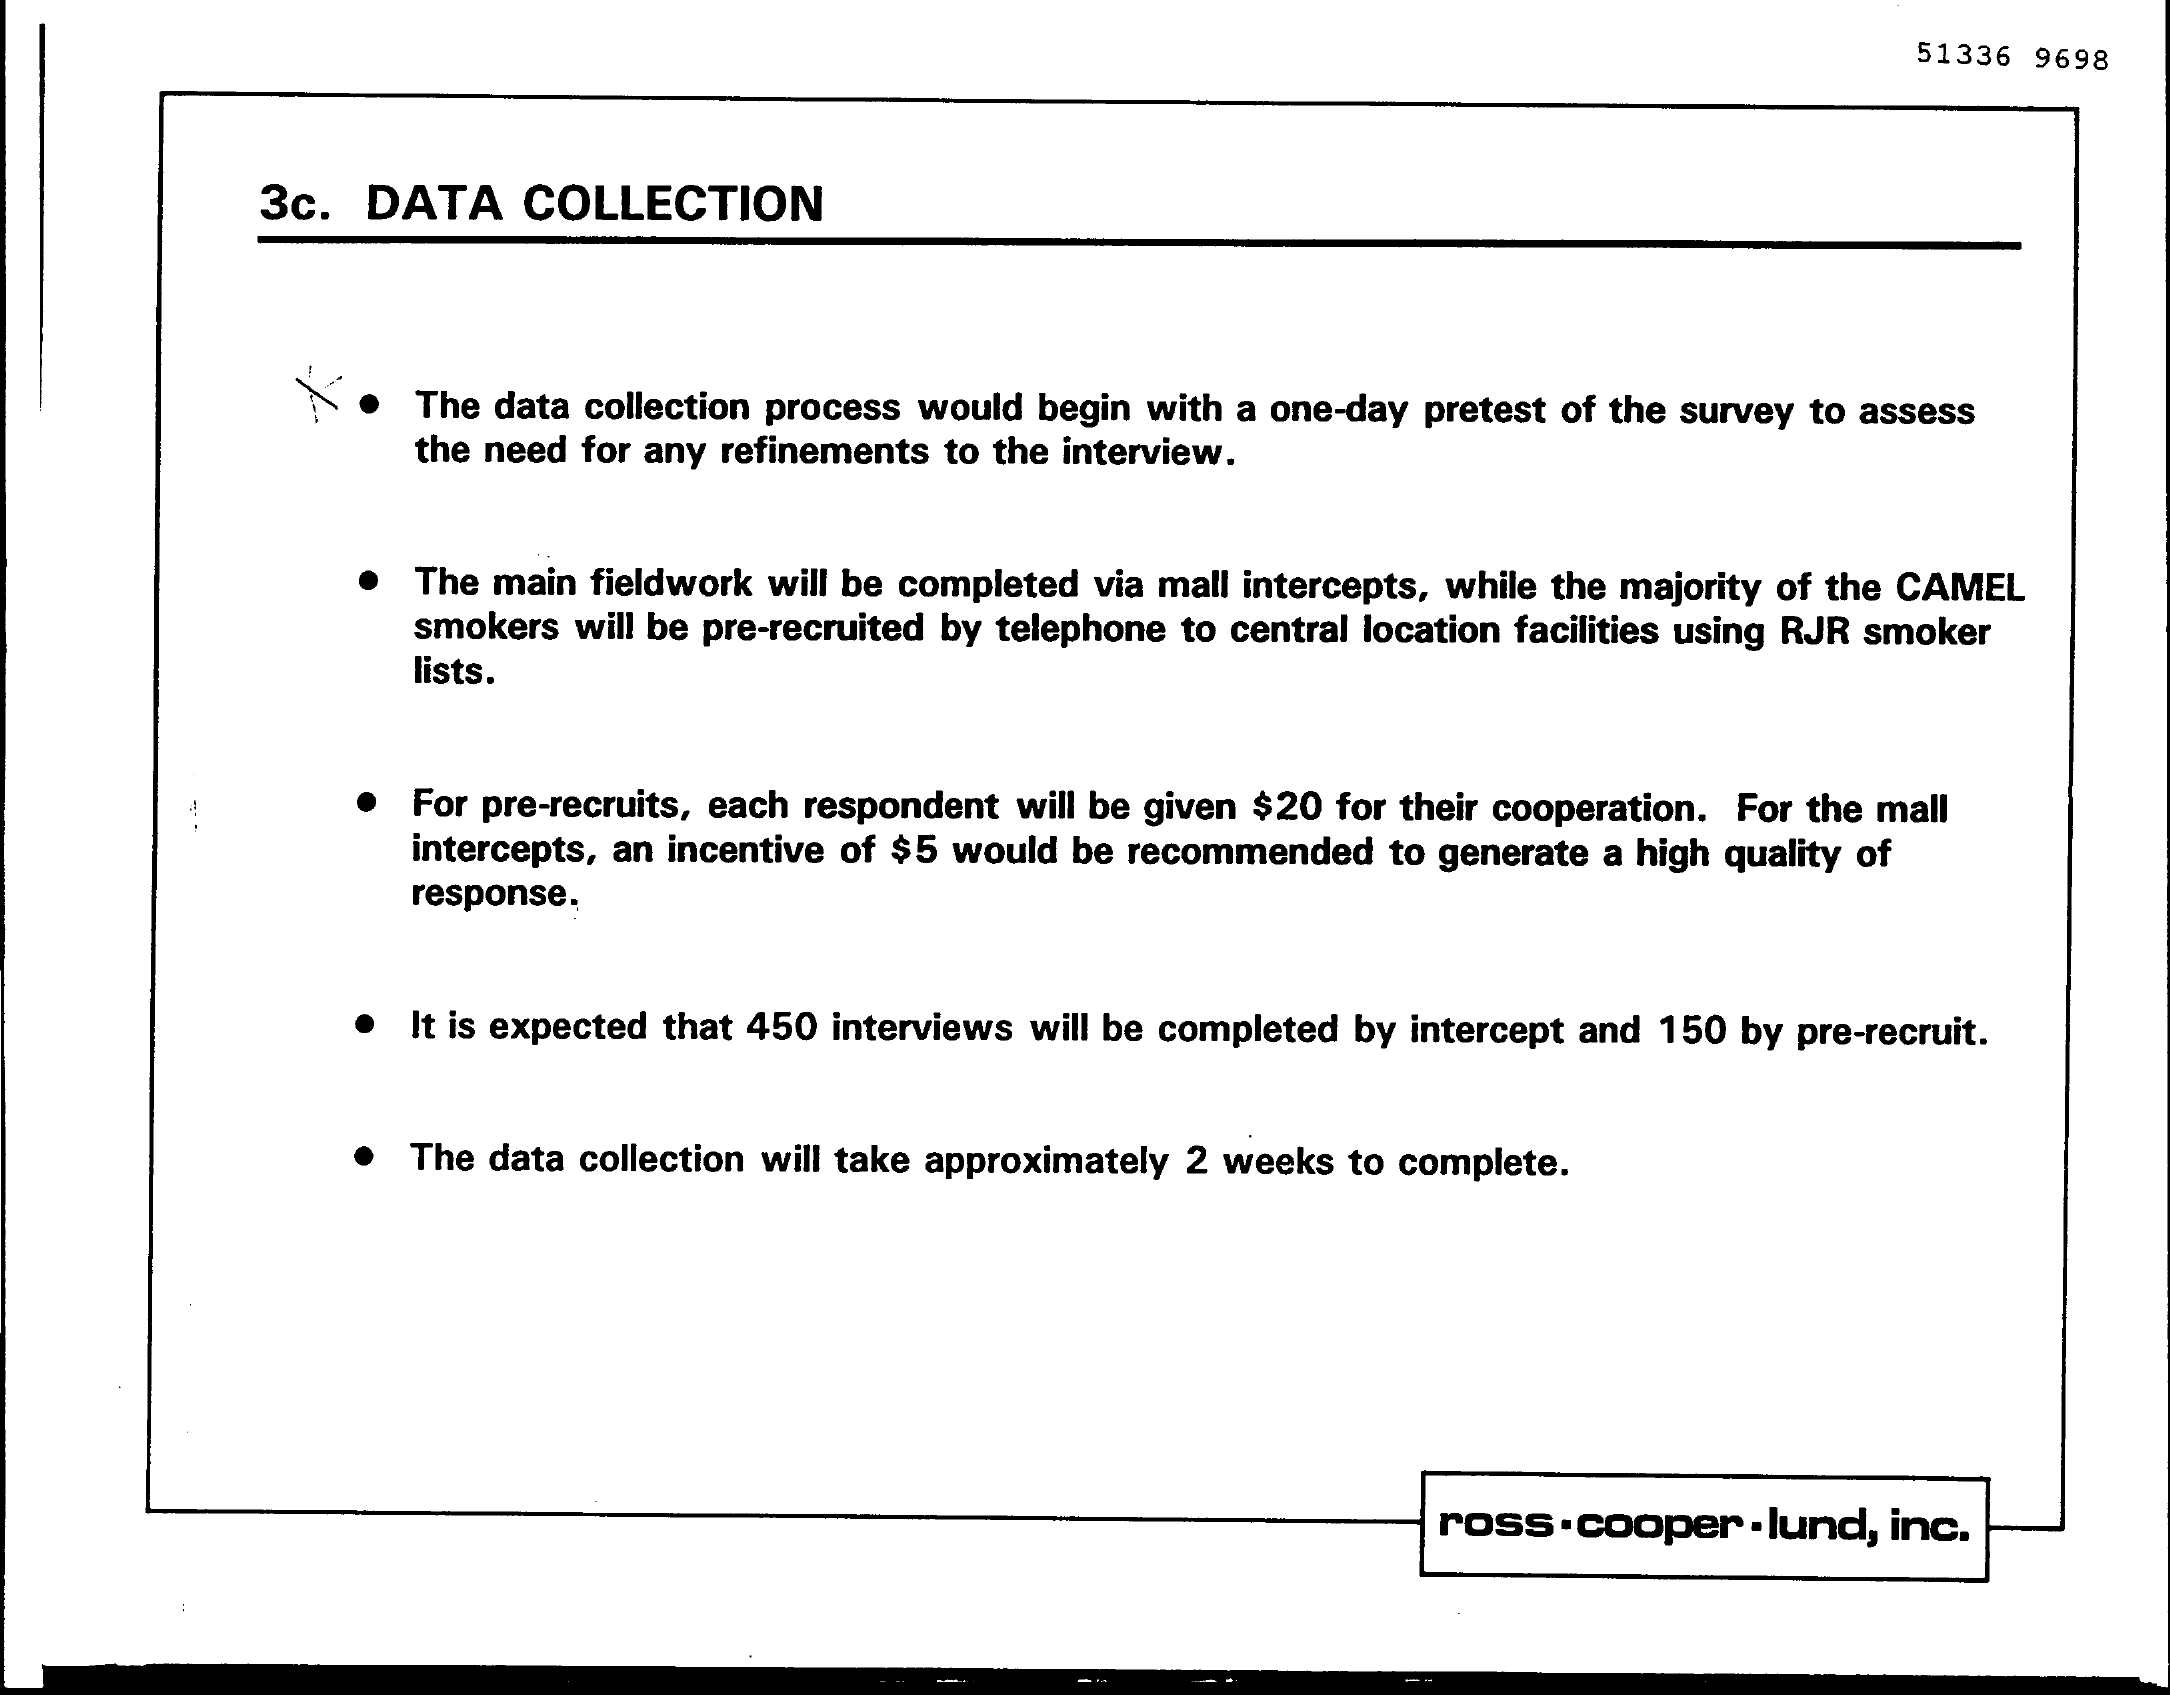
51336 9698
     3c.  DATA    COLLECTION
     The data collection process would begin with a one-day pretest of the survey to assess
     the need for any refinements to the interview.
     The main fieldwork will be completed via mall intercepts, while the majority of the CAMEL
     smokers will be pre-recruited by telephone to central location facilities using RJR smoker
     lists.
     For pre-recruits, each respondent will be given $20 for their cooperation. For the mall
     intercepts, an incentive of $5 would be recommended to generate a high quality of
     response.
     It is expected that 450 interviews will be completed by intercept and 150 by pre-recruit.
     The data collection will take approximately 2 weeks to complete.
     ross  . cooper . lund, inc.